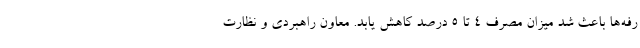
رفه‌ها باعث شد میزان مصرف ۴ تا ۵ درصد کاهش یابد. معاون راهبردی و نظارت